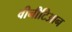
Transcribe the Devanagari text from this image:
वीनीटिआन